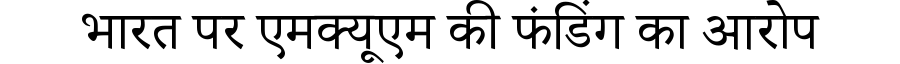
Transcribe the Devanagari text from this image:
भारत पर एमक्यूएम की फंडिंग का आरोप